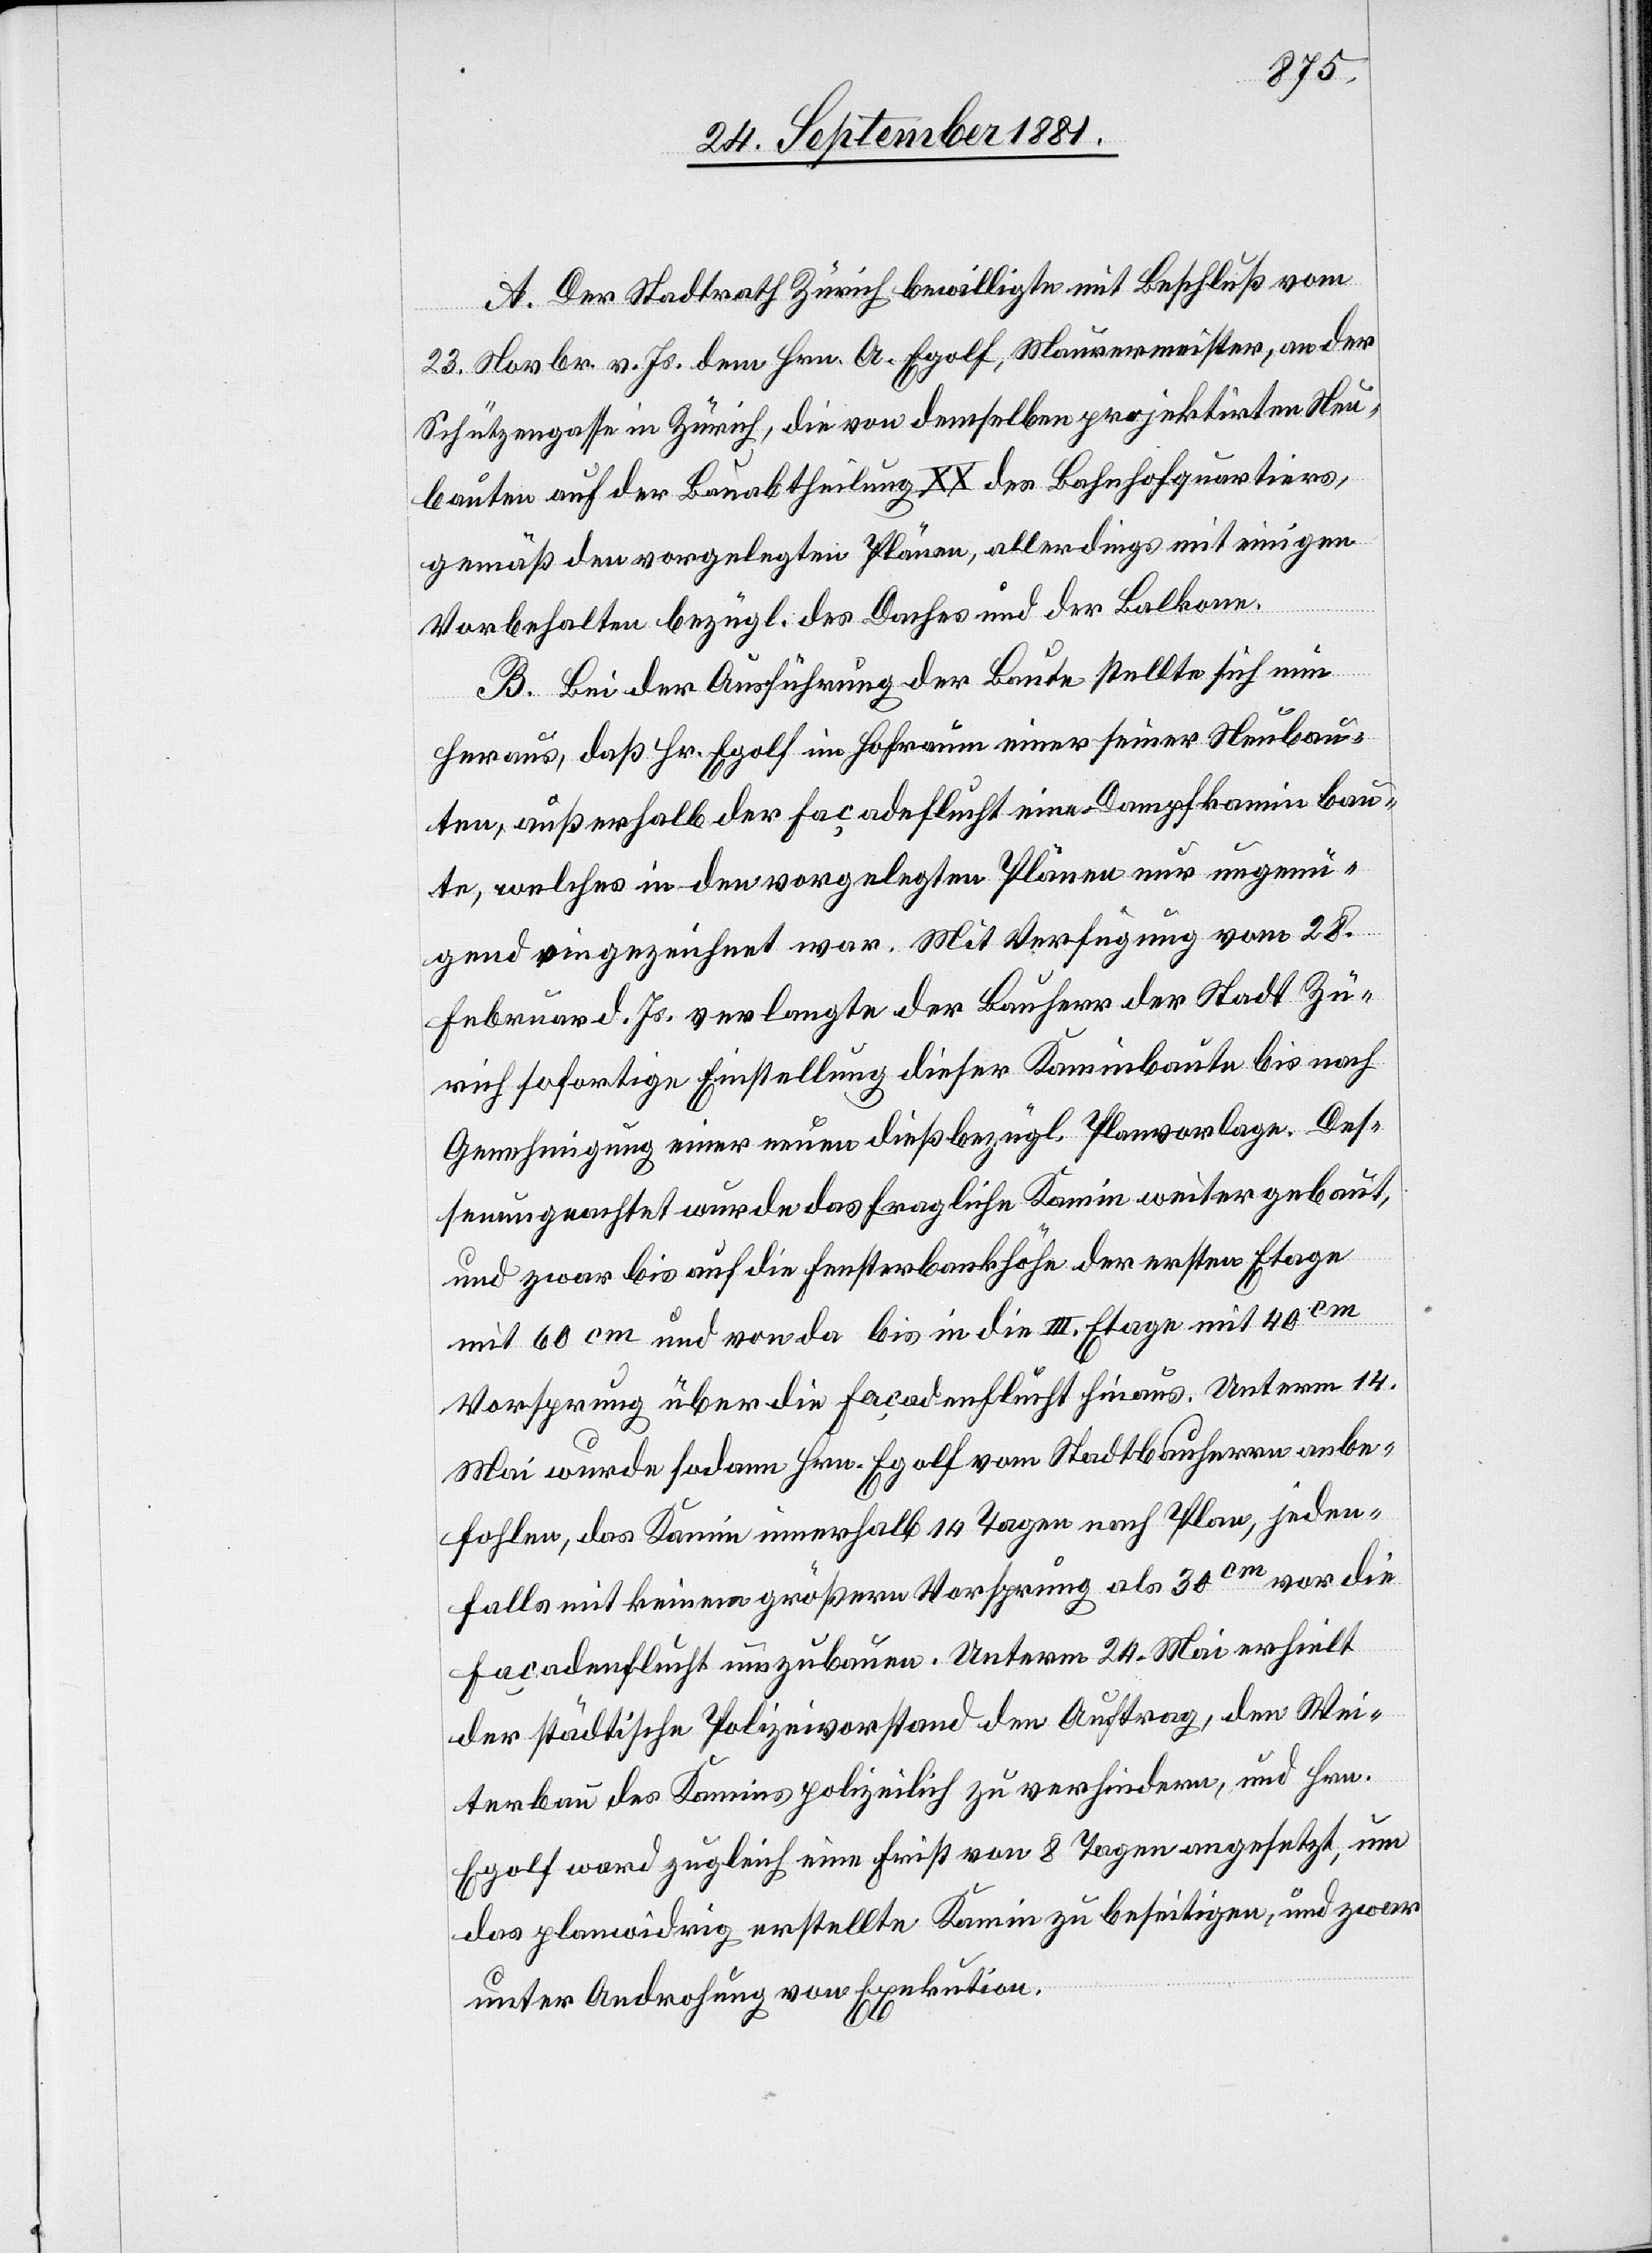
A. Der Stadtrath Zürich bewilligte mit Beschluß vom
23. Novbr. v. Js. dem Hrn. A. Egolf, Maurermeiser, an der
Schützengasse in Zürich, die von demselben projektirten Neu¬
bauten auf der Bauabtheilung XX des Bahnhofquartiers,
gemäß den vorgelegten Plänen, allerdings mit einigen
Vorbehalten bezügl. des Daches und der Balkone.
B. Bei der Ausführung der Baute stellte sich nun
heraus, daß Hr. Egolf im Hofraum einer seiner Neubau¬
ten, außerhalb der Façadeflucht ein Dampfkamin bau¬
te, welches in den vorgelegten Plänen nur ungenü¬
gend eingezeichnet war. Mit Verfügung vom 28.
Februar d. Js. verlangte der Bauherr der Stadt Zü¬
rich sofortige Einstellung dieser Kaminbaute bis nach
Genehmigung einer neuen dießbezügl. Planvorlage. Des¬
sen ungeachtet wurde das fragliche Kamin weiter gebaut,
und zwar bis auf die Fensterbankhöhe der ersten Etage
mit 60 cm und von da bis in die III. Etage mit 40cm
Façadenflucht umzubauen. Unterm 24. Mai erhielt
der städtische Polizeivorstand den Auftrag, den Wei¬
terbau des Kamins polizeilich zu verhindern, und Hrn.
Egolf ward zugleich eine Frist von 8 Tagen angesetzt, um
das planwidrig erstellte Kamin zu beseitigen, und zwar
unter Androhung von Exekution.